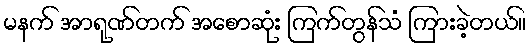
မနက် အာရုဏ်တက် အစောဆုံး ကြက်တွန်သံ ကြားခဲ့တယ်။